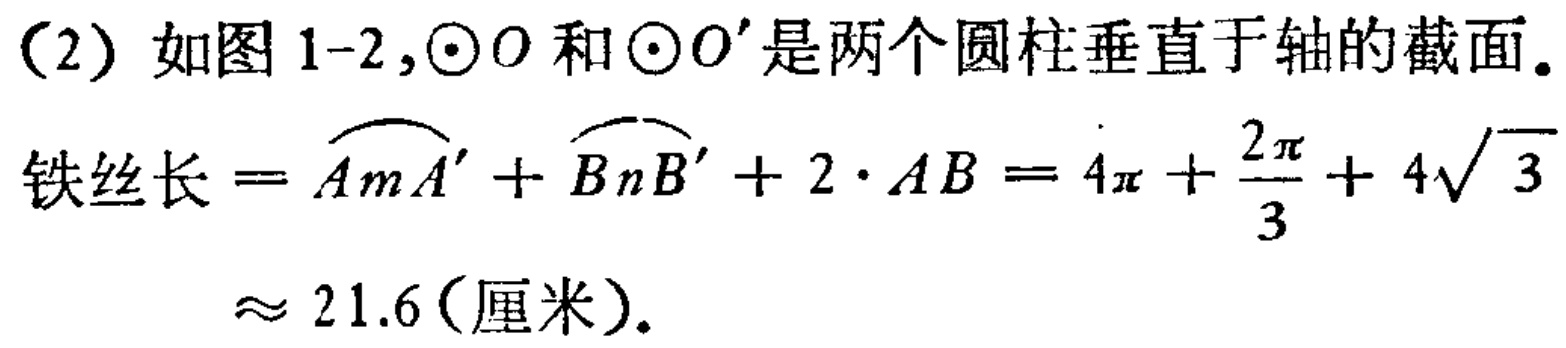
（2）如图1-2,$\odot O$和$\odot O'$是两个圆柱垂直于轴的截面。
铁丝长$=\overset{\frown}{AmA'}+\overset{\frown}{BnB'}+2\cdot AB = 4\pi+\frac{2\pi}{3}+ 4\sqrt{3}$
$\approx 21.6$(厘米).